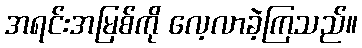
အရင်းအမြစ်ကို လေ့လာခဲ့ကြသည်။